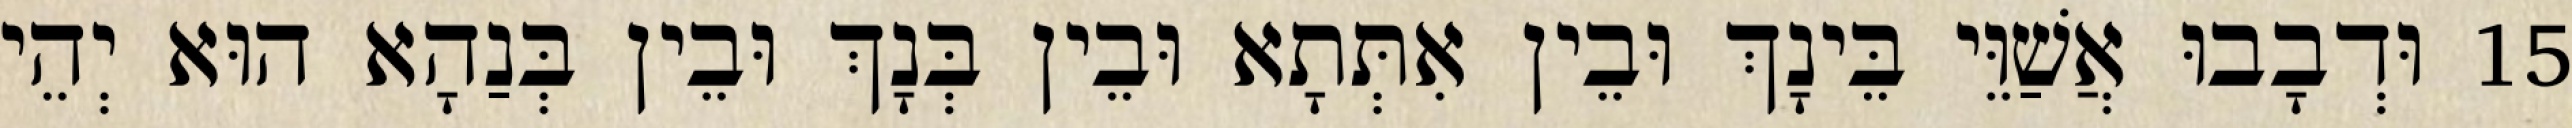
15 וּדְבָבוּ אֲשַׁוֵּי בֵּינָךְ וּבֵין אִתְּתָא וּבֵין בְּנָךְ וּבֵין בְּנַהָא הוּא יְהֵי